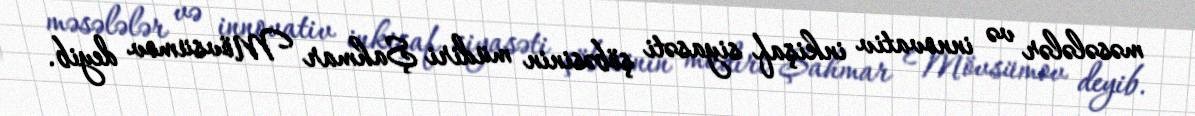
məsələlər və innovativ inkişaf siyasəti şöbəsinin müdiri Şahmar Mövsümov deyib.